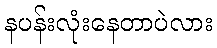
နပန်းလုံးနေတာပဲလား